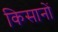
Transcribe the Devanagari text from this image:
किसानोें